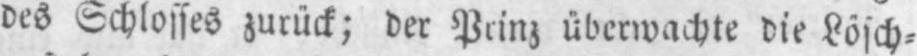
des Schlosses zurück; der Prinz überwachte die Lösch⸗